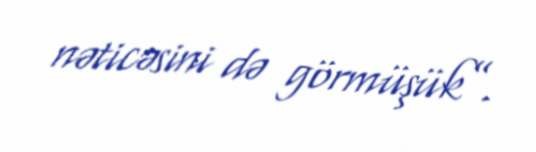
nəticəsini də görmüşük”.